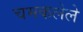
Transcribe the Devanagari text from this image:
चमकलेले